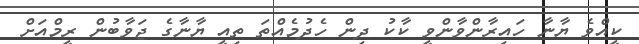
ކީއްވެ ޔާނާ ހައިރާންވާންވީ ކާކު ދިން ހެދުމެއްތަ ތިއީ ޔާނާގެ ޖަވާބުން ރީމްއަށް